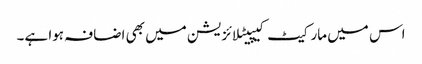
اس میں مارکیٹ کیپیٹلائزیشن میں بھی اضافہ ہوا ہے۔